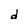
Character: d